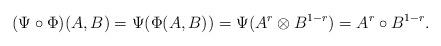
LaTeX: \begin{align*}(\Psi\circ\Phi)(A,B)=\Psi(\Phi(A,B))=\Psi(A^r\otimes B^{1-r})=A^r\circ B^{1-r}.\end{align*}